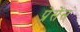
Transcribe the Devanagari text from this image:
प्रेसेंस